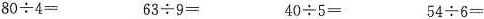
$$8 0 \div 4 =$$ $$6 3 \div 9 =$$ $$4 0 \div 5 =$$ $$5 4 \div 6 =$$